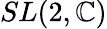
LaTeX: SL(2,\mathbb{C})